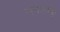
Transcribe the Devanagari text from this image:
नगाराकू